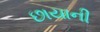
છાયાની